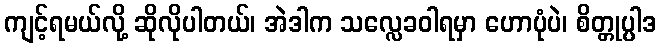
ကျင့်ရမယ်လို့ ဆိုလိုပါတယ်၊ အဲဒါက သလ္လေခဝါရမှာ ဟောပုံပဲ၊ စိတ္တုပ္ပါဒ